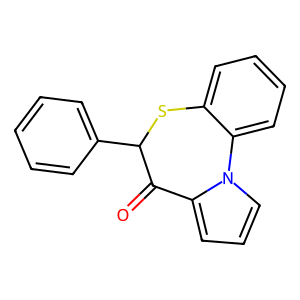
SMILES: O=C1c2cccn2-c2ccccc2SC1c1ccccc1
Inhibits HIV replication: No